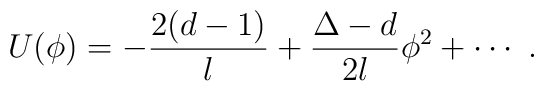
U(\phi) = -\frac{2(d-1)}l + \frac{\Delta-d}{2l} \phi^2 +\cdots~.